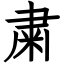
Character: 粛